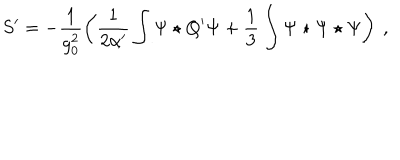
LaTeX: S ^ { \prime } = - \frac { 1 } { g _ { 0 } ^ { 2 } } \left( \frac { 1 } { 2 \alpha ^ { \prime } } \int \Psi \star Q ^ { \prime } \Psi + \frac { 1 } { 3 } \int \Psi \star \Psi \star \Psi \right) \ ,